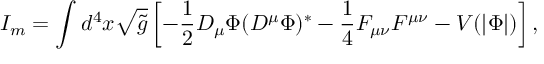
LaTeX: I _ { m } = \int d ^ { 4 } x \sqrt { { \tilde { g } } } \left[ - \frac { 1 } { 2 } D _ { \mu } \Phi ( D ^ { \mu } \Phi ) ^ { * } - \frac { 1 } { 4 } F _ { \mu \nu } F ^ { \mu \nu } - V ( | \Phi | ) \right] ,